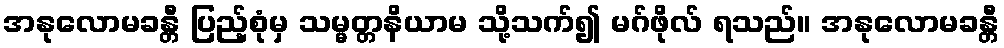
အနုလောမခန္တီ ပြည့်စုံမှ သမ္မတ္တနိယာမ သို့သက်၍ မဂ်ဖိုလ် ရသည်။ အနုလောမခန္တီ